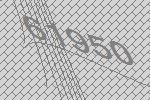
61950